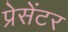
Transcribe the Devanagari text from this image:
प्रेसेंटर